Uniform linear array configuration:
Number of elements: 48
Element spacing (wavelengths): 0.75
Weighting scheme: cosine
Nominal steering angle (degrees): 60
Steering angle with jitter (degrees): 60.328
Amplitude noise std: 0.05
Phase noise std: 0.05

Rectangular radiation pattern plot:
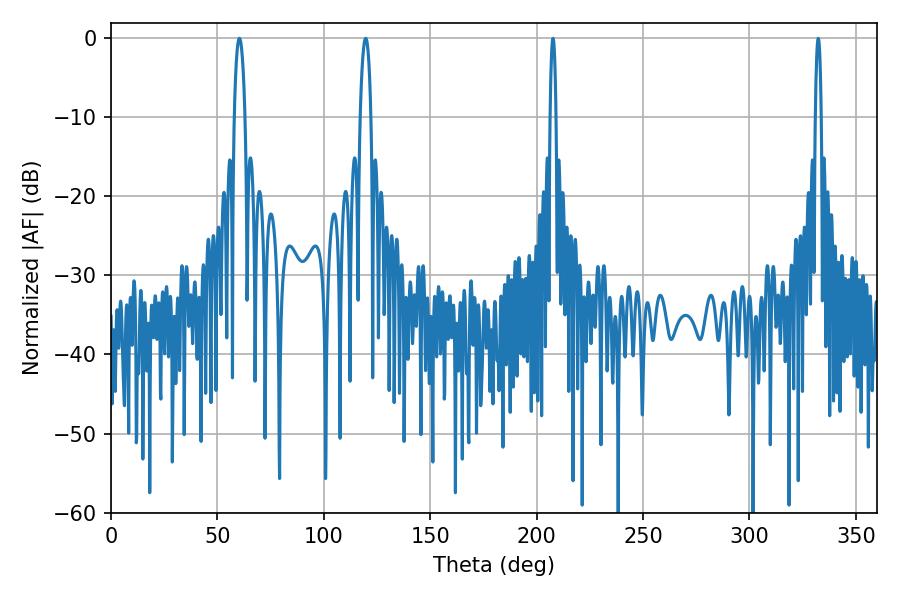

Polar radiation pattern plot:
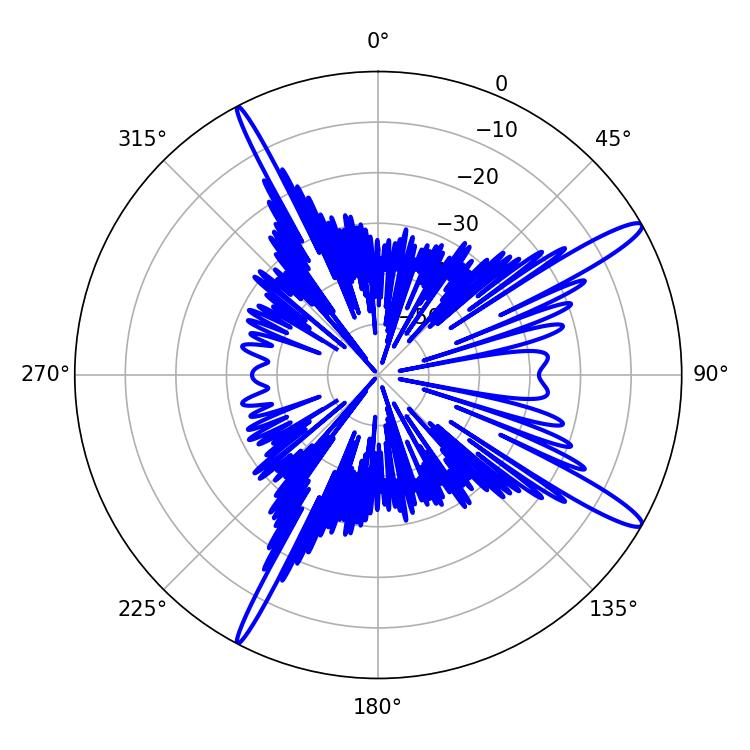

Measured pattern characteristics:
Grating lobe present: TRUE
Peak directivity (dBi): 14.613
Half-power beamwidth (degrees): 2.7
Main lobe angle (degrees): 60.3